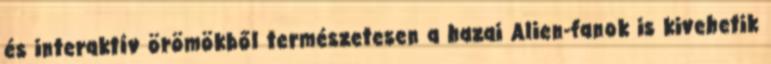
és interaktív örömökből természetesen a hazai Alien-fanok is kivehetik